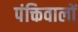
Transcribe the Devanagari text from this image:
पंक्तिवालों